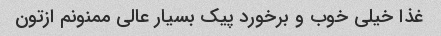
غذا خیلی خوب و برخورد پیک بسیار عالی ممنونم ازتون